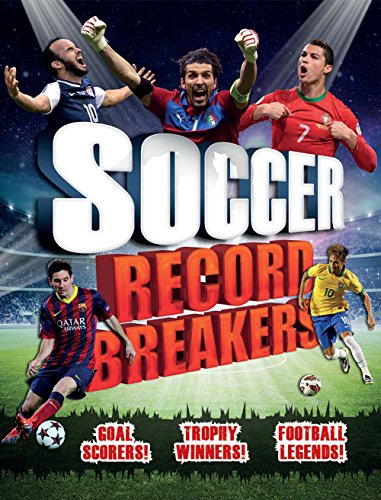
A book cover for Soccer Record Breakers; Clive Gifford; Children's Books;